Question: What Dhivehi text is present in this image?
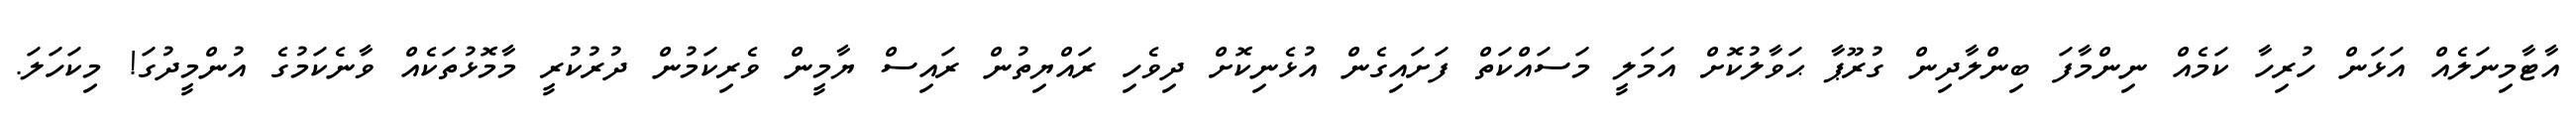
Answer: އާޓާމިނަލެއް އަޅަން ހުރިހާ ކަމެއް ނިންމާފަ ބިންލާދިން ގުރޫޕާ ޙަވާލުކޮށް އަމަލީ މަސައްކަތް ފަށައިގެން އުޅެނިކޮށް ދިވެހި ރައްޔިތުން ރައިސް ޔާމީން ވެރިކަމުން ދުރުކުރީ މާމޮޅުތަކެއް ވާނެކަމުގެ އުންމީދުގަ! މިކަހަލަ.